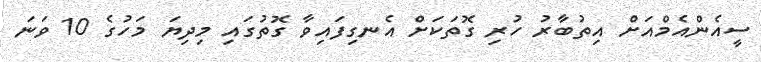
ސީއެންއެމްއަށް އިތުބާރު ހުރި ގޮތަކަށް އެނގިފައިވާ ގޮތުގައި މިދިޔަ މަހުގެ 10 ވަނަ